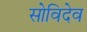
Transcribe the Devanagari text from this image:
सोविदेव